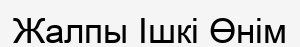
Жалпы Ішкі Өнім